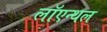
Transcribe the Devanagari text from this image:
लॉएन्थल